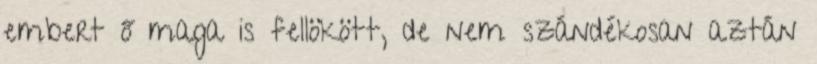
embert ő maga is fellökött, de nem szándékosan aztán